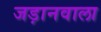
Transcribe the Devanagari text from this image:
जड़ानवाला